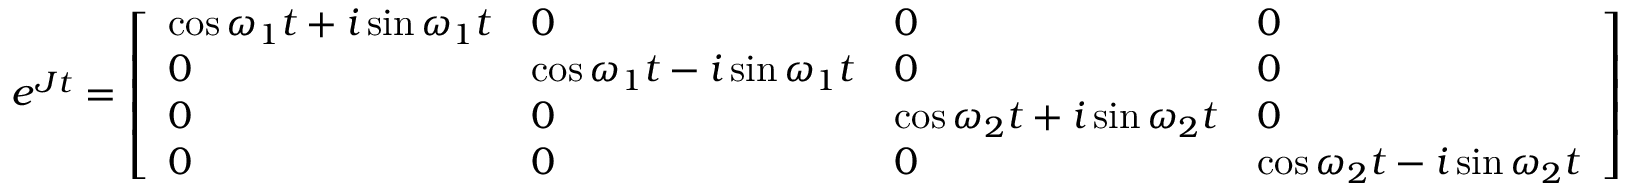
e ^ { \boldsymbol { J } t } = \left[ \begin{array} { l l l l } { \cos \omega _ { 1 } t + i \sin \omega _ { 1 } t } & { 0 } & { 0 } & { 0 } \\ { 0 } & { \cos \omega _ { 1 } t - i \sin \omega _ { 1 } t } & { 0 } & { 0 } \\ { 0 } & { 0 } & { \cos \omega _ { 2 } t + i \sin \omega _ { 2 } t } & { 0 } \\ { 0 } & { 0 } & { 0 } & { \cos \omega _ { 2 } t - i \sin \omega _ { 2 } t } \end{array} \right]